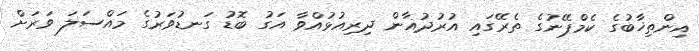
އިންތިޚާބުގެ ކެމްޕޭނުގެ ތެރޭގައި އުރުދުޣާން ދިރިއުޅުއްވާ އަގު ބޮޑު ގަނޑުވަރުގެ މައްސަލަ ވަރަށް